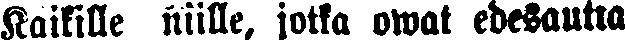
Kaikille niille, jotka owat edesautta